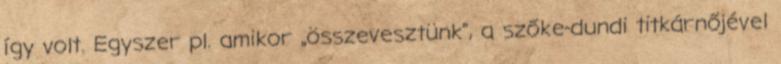
így volt. Egyszer pl. amikor „összevesztünk”, a szőke-dundi titkárnőjével